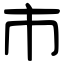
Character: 市